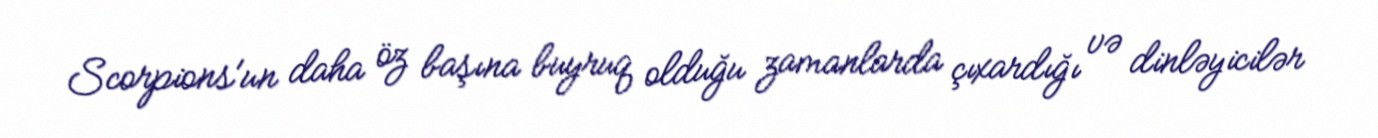
Scorpions'un daha öz başına buyruq olduğu zamanlarda çıxardığı və dinləyicilər